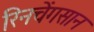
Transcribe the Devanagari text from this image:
रिनचेंगसान